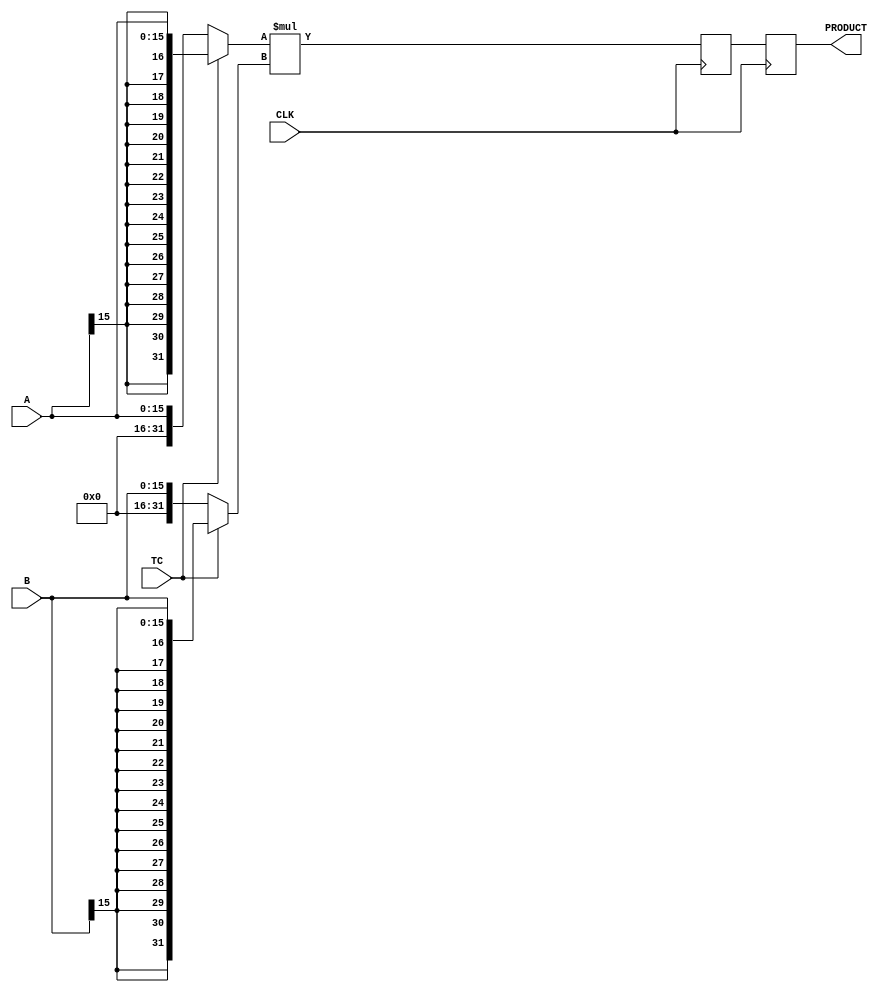


//--------------------------------------------------------------------------------------------------
// Title       : DW02_mult_3_stage
// Design      : Multiplier
//-------------------------------------------------------------------------------------------------
// Description : DW02_mult_3_stage is a three-stage pipelined multiplier. DW02_mult_3_stage multiplies
//the operand A by B to produce a product (PRODUCT) with a latency of two clock (CLK) cycle.
//
//-------------------------------------------------------------------------------------------------
module DW02_mult_3_stage(A, B, TC, CLK, PRODUCT)/* synthesis syn_builtin_du = "weak" */;

parameter A_width = 16;
parameter B_width = 16;

/********* Internal parameter *************/
parameter width = A_width + B_width;
/*****************************************/

//Input/output declaration
input [A_width - 1 : 0]            A;
input [B_width - 1 : 0]            B;
input                              TC;
input                              CLK;
output [A_width + B_width - 1 : 0] PRODUCT;

//Signal declration
reg [A_width + B_width - 1 :0]   PRODUCT /* synthesis syn_pipeline=1 */;
reg [width - 1 : 0]              temp_a;
reg [width - 1 : 0]              temp_b;
reg [A_width + B_width - 1 : 0]  prod /* synthesis syn_pipeline=1 */;


//Sign exrtending the inputs based on TC
always @( A or B or TC )	
	begin
		temp_a =  TC ? {{width - A_width{A[A_width - 1]}},A} : {{width - A_width{1'b0}},A};
		temp_b =  TC ? {{width - B_width{B[B_width - 1]}},B} : {{width - B_width{1'b0}},B};
	end	

    //Multiplier - product with a clock latency of TWO
	always @ ( posedge CLK )
		begin
			prod <= temp_a * temp_b;
		    PRODUCT <= prod;
		end	
  
endmodule